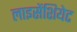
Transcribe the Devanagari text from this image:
लाइसेंशियेट